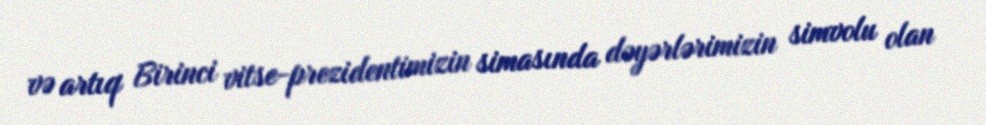
və artıq Birinci vitse-prezidentimizin simasında dəyərlərimizin simvolu olan